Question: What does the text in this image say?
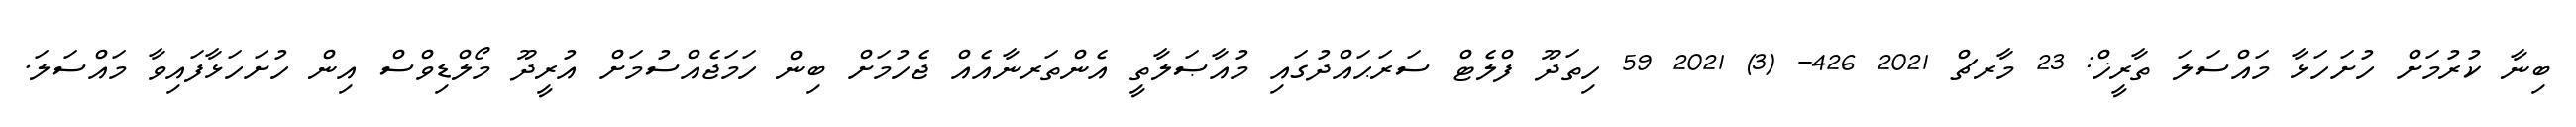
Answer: ބިނާ ކުރުމަށް ހުށަހަޅާ މައްސަލަ ތާރީޚް: 23 މާރޗް 2021 426- (3) 2021 59 ހިތަދޫ ފްލެޓް ސަރަޙައްދުގައި މުއާޞަލާތީ އެންތަރނާއެއް ޖެހުމަށް ބިން ހަމަޖެއްސުމަށް އުރީދޫ މޯލްޑިވްސް އިން ހުށަހަޅާފައިވާ މައްސަލަ.